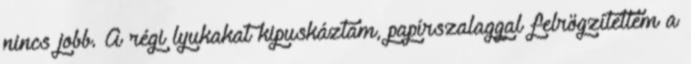
nincs jobb. A régi lyukakat kipuskáztam, papírszalaggal felrögzítettem a